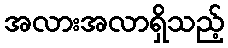
အလားအလာရှိသည့်